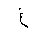
Letter: _gayn